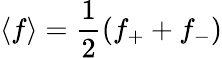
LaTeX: \langle f\rangle=\frac{1}{2}\left(f_{+}+f_{-}\right)